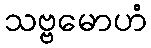
သဗ္ဗမောဟံ